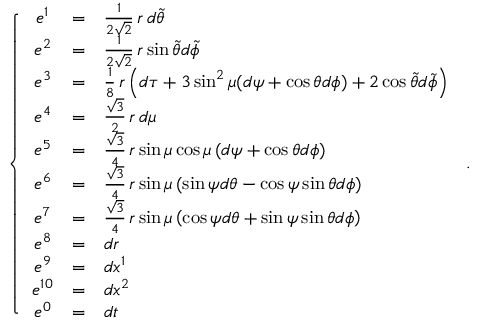
\left\{ \begin{array} { c c l } { { e ^ { 1 } } } & { { = } } & { { \frac { 1 } { 2 \sqrt 2 } \, r \, d \tilde { \theta } } } \\ { { e ^ { 2 } } } & { { = } } & { { \frac { 1 } { 2 \sqrt 2 } \, r \sin \tilde { \theta } d \tilde { \phi } } } \\ { { e ^ { 3 } } } & { { = } } & { { \frac { 1 } { 8 } \, r \left( d \tau + 3 \sin ^ { 2 } \mu ( d \psi + \cos \theta d \phi ) + 2 \cos \tilde { \theta } d \tilde { \phi } \right) } } \\ { { e ^ { 4 } } } & { { = } } & { { \frac { \sqrt 3 } { 2 } \, r \, d \mu } } \\ { { e ^ { 5 } } } & { { = } } & { { \frac { \sqrt 3 } { 4 } \, r \sin \mu \cos \mu \left( d \psi + \cos \theta d \phi \right) } } \\ { { e ^ { 6 } } } & { { = } } & { { \frac { \sqrt 3 } { 4 } \, r \sin \mu \left( \sin \psi d \theta - \cos \psi \sin \theta d \phi \right) } } \\ { { e ^ { 7 } } } & { { = } } & { { \frac { \sqrt 3 } { 4 } \, r \sin \mu \left( \cos \psi d \theta + \sin \psi \sin \theta d \phi \right) } } \\ { { e ^ { 8 } } } & { { = } } & { { d r } } \\ { { e ^ { 9 } } } & { { = } } & { { d x ^ { 1 } } } \\ { { e ^ { 1 0 } } } & { { = } } & { { d x ^ { 2 } } } \\ { { e ^ { 0 } } } & { { = } } & { { d t } } \end{array} \right. \, .